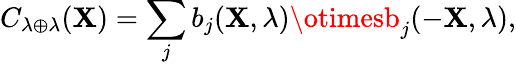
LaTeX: C_{\lambda\oplus\lambda}(\mathbf{X})=\sum_{j}b_{j}(\mathbf{X},\lambda)\otimesb_{j}(-\mathbf{X},\lambda),